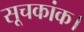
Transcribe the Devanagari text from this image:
सूचकांक।